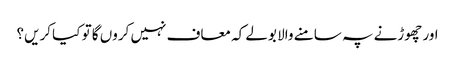
اور چھوڑنے پہ سامنے والا بولے کہ معاف نہیں کروں گا تو کیا کریں؟